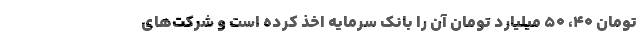
تومان ۴۰، ۵۰ میلیارد تومان آن را بانک سرمایه اخذ کرده است و شرکت‌های